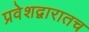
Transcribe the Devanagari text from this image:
प्रवेशद्वारातच